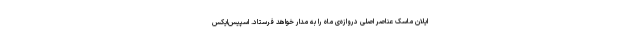
ایلان ماسک عناصر اصلی دروازه‌ی ماه را به مدار خواهد فرستاد. اسپیس‌ایکس